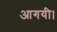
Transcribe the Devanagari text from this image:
आगयी।